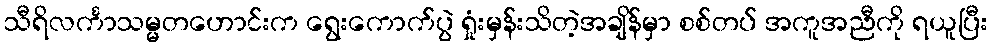
သီရိလင်္ကာသမ္မတဟောင်းက ရွေးကောက်ပွဲ ရှုံးမှန်းသိတဲ့အချိန်မှာ စစ်တပ် အကူအညီကို ရယူပြီး